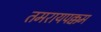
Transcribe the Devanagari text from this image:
तमरायपक्कम